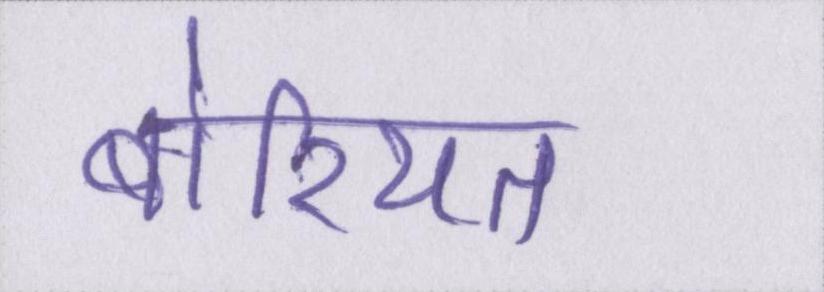
बोरियत